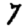
Digit: 7